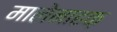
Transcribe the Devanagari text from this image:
मालेनाहक़